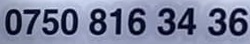
0750 816 34 36